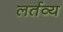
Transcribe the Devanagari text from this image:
लर्तव्य